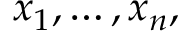
x _ { 1 } , \dots , x _ { n } ,